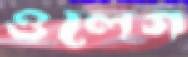
ওলেগ